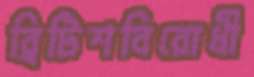
ব্রিটিশবিরোধী